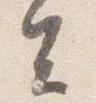
去